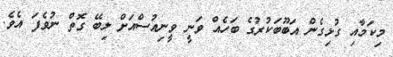
މިކަމާއި ގުޅިގެން އަބޫބަކުރުގެ ބަހެއް ވަނީ ވީނިއުސްއަށް ލިބޭ ގޮތް ނުވެފަ އެވެ.